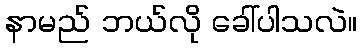
နာမည် ဘယ်လို ခေါ်ပါသလဲ။